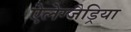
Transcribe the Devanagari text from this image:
ऐलेग्जैड्रिया